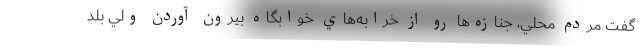
گفت مردم محلي، جنازه‌ها رو از خرابه‌هاي خوابگاه بيرون آوردن ولي بلد